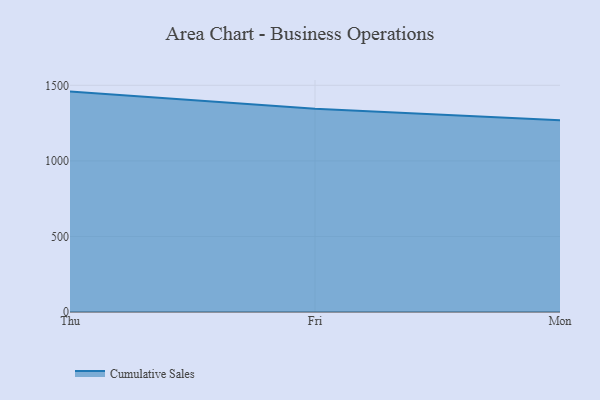
{"axis": {"x": "Day", "y": "Revenue (USD Million)"}, "legend": ["Cumulative Sales"], "data": [{"x": "Thu", "y": 1458.4, "type": "Cumulative Sales"}, {"x": "Fri", "y": 1345.1, "type": "Cumulative Sales"}, {"x": "Mon", "y": 1268.0, "type": "Cumulative Sales"}]}